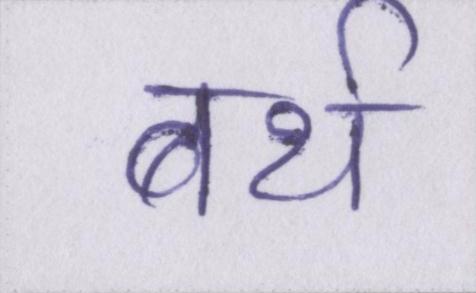
बर्थ